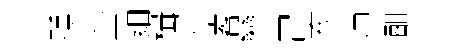
醺奎細楫差畜戀曾亥师酣